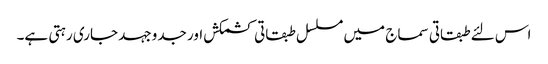
اس لئے طبقاتی سماج میں مسلسل طبقاتی کشمکش اور جدوجہد جاری رہتی ہے۔